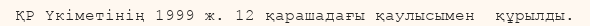
ҚР Үкіметінің 1999 ж. 12 қарашадағы қаулысымен  құрылды.